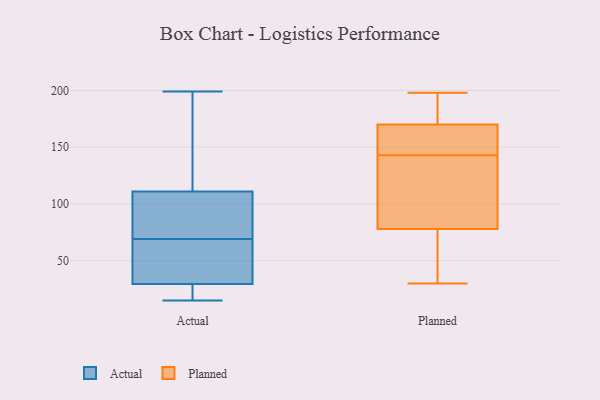
{"axis": {"x": "Churn Rate (%)", "y": "Value"}, "legend": ["Actual", "Planned"], "data": [{"x": "", "y": 17, "type": "Actual"}, {"x": "", "y": 93, "type": "Actual"}, {"x": "", "y": 41, "type": "Actual"}, {"x": "", "y": 115, "type": "Actual"}, {"x": "", "y": 66, "type": "Actual"}, {"x": "", "y": 50, "type": "Actual"}, {"x": "", "y": 72, "type": "Actual"}, {"x": "", "y": 107, "type": "Actual"}, {"x": "", "y": 156, "type": "Actual"}, {"x": "", "y": 199, "type": "Actual"}, {"x": "", "y": 18, "type": "Actual"}, {"x": "", "y": 15, "type": "Actual"}, {"x": "", "y": 182, "type": "Planned"}, {"x": "", "y": 156, "type": "Planned"}, {"x": "", "y": 170, "type": "Planned"}, {"x": "", "y": 114, "type": "Planned"}, {"x": "", "y": 191, "type": "Planned"}, {"x": "", "y": 149, "type": "Planned"}, {"x": "", "y": 137, "type": "Planned"}, {"x": "", "y": 30, "type": "Planned"}, {"x": "", "y": 69, "type": "Planned"}, {"x": "", "y": 60, "type": "Planned"}, {"x": "", "y": 198, "type": "Planned"}, {"x": "", "y": 161, "type": "Planned"}, {"x": "", "y": 125, "type": "Planned"}, {"x": "", "y": 78, "type": "Planned"}]}